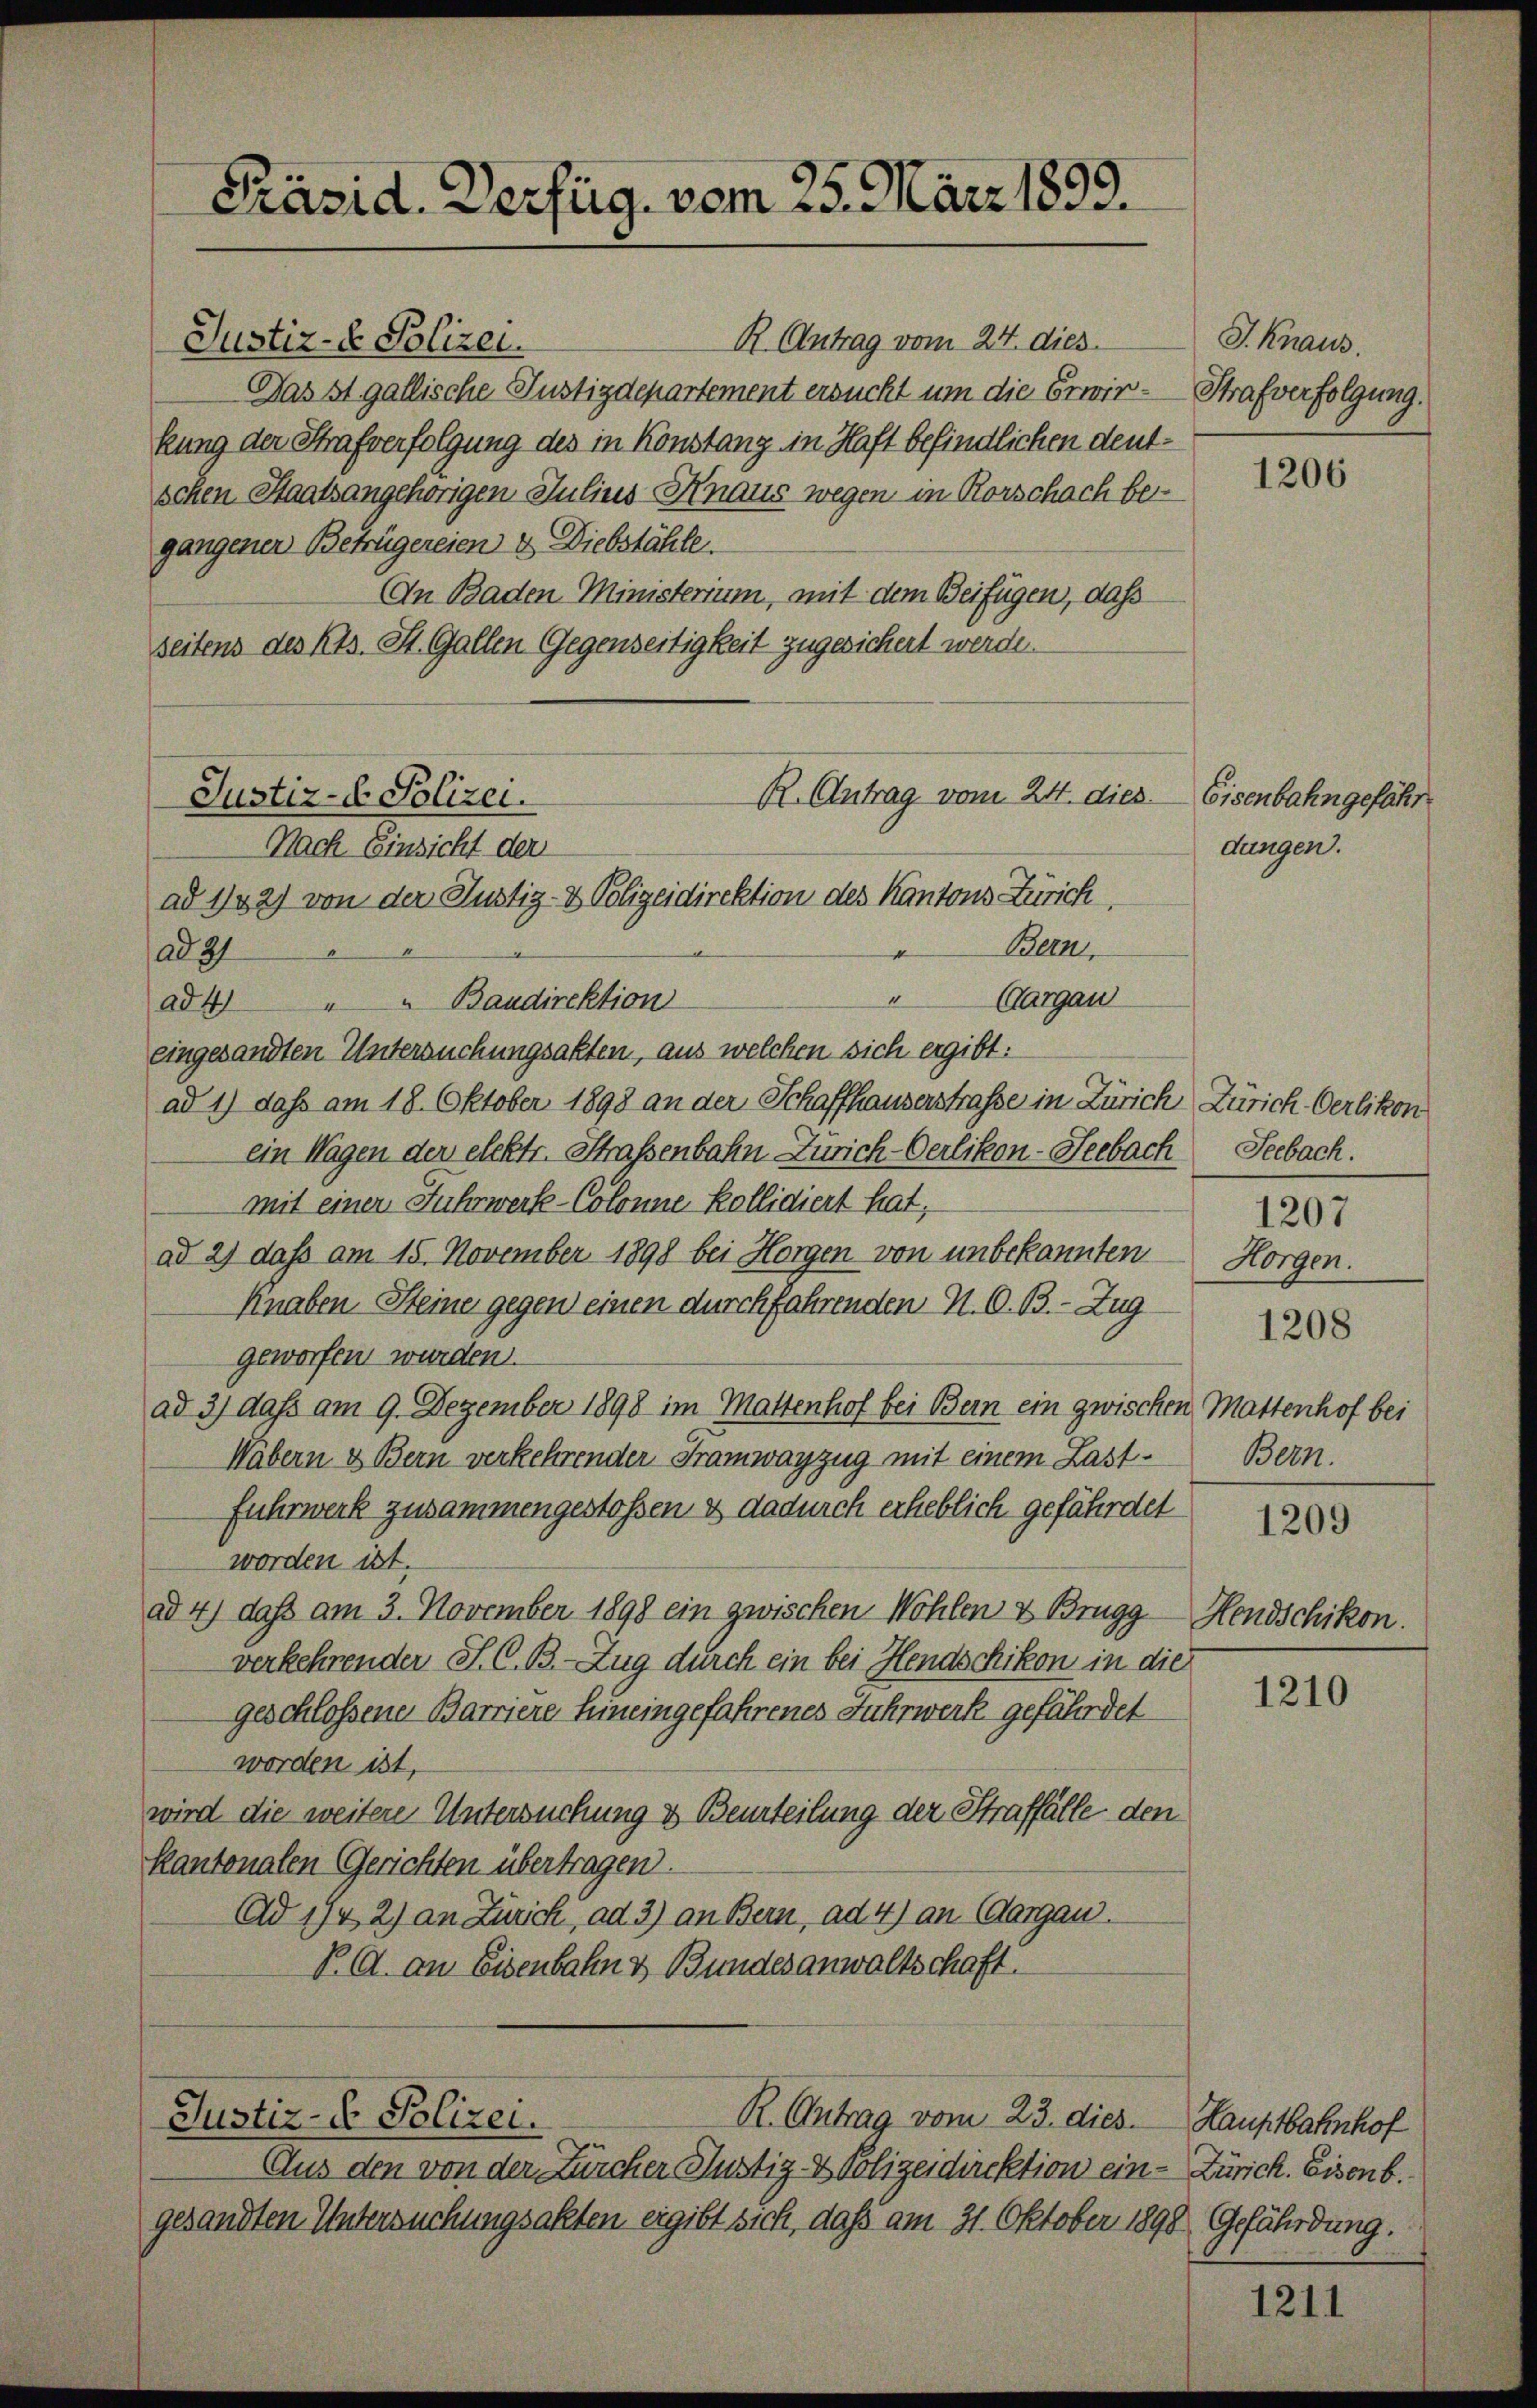
R. Antrag vom 24. dies
Justiz- & Polizei.
Das st. gallische Justizdepartement ersucht um die Erwirkung der Strafverfolgung des in Konstanz in Haft befindlichen deutschen Staatsangehörigen Julius-Knaus wegen in Rorschach bei
gangener Betrügereien & Diebstähle.
An Baden Ministerium, mit dem Beifügen, dass
seitens des Kts. St. Gallen Gegenseitigkeit zugesichert werde.

Präsid. Verfüg vom 25. März 1899.

R. Antrag vom 24. dies
Justiz- & Polizei.
Nach Einsicht der
ad 132) von der Justiz- & Polizeidirektion des Kantons Zürich,
Bern,
ad 37
1
Aargau
ad 4 " " Baudirektion

eingesandten Untersuchungsakten, aus welchen sich ergibt:
ad 1) daß am 18. Oktober 1898 an der Schaffhauserstraße in Zürich Zürich Oerlikon
ein Wagen der elektr. Strassenbahn Zürich-Oerlikon-Seebach Seebach.
mit einer Fuhrwerke-Colonne kollidiert hat;
ad 2) daß am 15. November 1898 bei Horgen von unbekannten
Knaben Steine gegen einen durchfahrenden N. O. B. - Zug
geworfen wurden.
ad 3) daß am 9. Dezember 1898 im Mattenhof bei Bern ein zwischen Mattenhof bei
Wäbern & Bern verkehrenden Tramwayzug mit einem Last¬
Fuhrwerk zusammengestoßen & dadurch erheblich gefährdet
worden ist.
ad 4) daß am 3. November 1898 ein zwischen Wohlen & Brugg
verkehrender St. G. B. Zug durch ein bei Hendschikon in die
geschlossene Barriere hineingefahrenes Fuhrwerk gefährdet
worden ist,
wird die weitere Untersuchung & Beurteilung der Straffälle den
Kantonalen Gerichten übertragen.
Ad 194 2) an Zürich, ad 3) an Bern, ad 4) an dargau.
V. A. an Eisenbahn & Bundesanwaltschaft

Justiz- & Polizei.
R. Ontrag vom 23. dies. Hauptbahnhof

Aus den von der Zürcher Justiz- & Polizeidirektion ein- Zürich. Eisenb.
gesandten Untersuchungsakten ergibt sich, daß am 31. Oktober 1898 Gefährdung.

J. Knaus.
Strafverfolgung.

1206

Eisenbahngefähr
dungen.

1207
Horgen.

1208

Bern.

1209

Hendschikon.

1210

1211